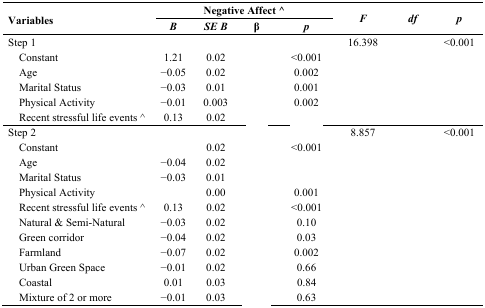
<table><thead><tr><td rowspan="2"><b>Variables</b></td><td colspan="4"><b>Negative Affect ^</b></td><td rowspan="2"><b><i>F</i></b></td><td rowspan="2"><b><i>df</i></b></td><td rowspan="2"><b><i>p</i></b></td></tr><tr><td><b><i>B</i></b></td><td><b><i>SE B</i></b></td><td><b>β</b></td><td><b><i>p</i></b></td></tr></thead><tbody><tr><td>Step 1</td><td>[EMPTY_CELL]</td><td>[EMPTY_CELL]</td><td>[EMPTY_CELL]</td><td>[EMPTY_CELL]</td><td>16.398</td><td>[EMPTY_CELL]</td><td>&lt;0.001</td></tr><tr><td> Constant</td><td>1.21</td><td>0.02</td><td>[EMPTY_CELL]</td><td>&lt;0.001</td><td>[EMPTY_CELL]</td><td>[EMPTY_CELL]</td><td>[EMPTY_CELL]</td></tr><tr><td> Age</td><td>−0.05</td><td>0.02</td><td>[EMPTY_CELL]</td><td>0.002</td><td>[EMPTY_CELL]</td><td>[EMPTY_CELL]</td><td>[EMPTY_CELL]</td></tr><tr><td> Marital Status</td><td>−0.03</td><td>0.01</td><td>[EMPTY_CELL]</td><td>0.001</td><td>[EMPTY_CELL]</td><td>[EMPTY_CELL]</td><td>[EMPTY_CELL]</td></tr><tr><td> Physical Activity</td><td>−0.01</td><td>0.003</td><td>[EMPTY_CELL]</td><td>0.002</td><td>[EMPTY_CELL]</td><td>[EMPTY_CELL]</td><td>[EMPTY_CELL]</td></tr><tr><td> Recent stressful life events ^</td><td>0.13</td><td>0.02</td><td>[EMPTY_CELL]</td><td>[EMPTY_CELL]</td><td>[EMPTY_CELL]</td><td>[EMPTY_CELL]</td><td>[EMPTY_CELL]</td></tr><tr><td>Step 2</td><td>[EMPTY_CELL]</td><td>[EMPTY_CELL]</td><td>[EMPTY_CELL]</td><td>[EMPTY_CELL]</td><td>8.857</td><td>[EMPTY_CELL]</td><td>&lt;0.001</td></tr><tr><td> Constant</td><td>[EMPTY_CELL]</td><td>0.02</td><td>[EMPTY_CELL]</td><td>&lt;0.001</td><td>[EMPTY_CELL]</td><td>[EMPTY_CELL]</td><td>[EMPTY_CELL]</td></tr><tr><td> Age</td><td>−0.04</td><td>0.02</td><td>[EMPTY_CELL]</td><td>[EMPTY_CELL]</td><td>[EMPTY_CELL]</td><td>[EMPTY_CELL]</td><td>[EMPTY_CELL]</td></tr><tr><td> Marital Status</td><td>−0.03</td><td>0.01</td><td>[EMPTY_CELL]</td><td>[EMPTY_CELL]</td><td>[EMPTY_CELL]</td><td>[EMPTY_CELL]</td><td>[EMPTY_CELL]</td></tr><tr><td> Physical Activity</td><td>[EMPTY_CELL]</td><td>0.00</td><td>[EMPTY_CELL]</td><td>0.001</td><td>[EMPTY_CELL]</td><td>[EMPTY_CELL]</td><td>[EMPTY_CELL]</td></tr><tr><td> Recent stressful life events ^</td><td>0.13</td><td>0.02</td><td>[EMPTY_CELL]</td><td>&lt;0.001</td><td>[EMPTY_CELL]</td><td>[EMPTY_CELL]</td><td>[EMPTY_CELL]</td></tr><tr><td> Natural &amp; Semi-Natural</td><td>−0.03</td><td>0.02</td><td>[EMPTY_CELL]</td><td>0.10</td><td>[EMPTY_CELL]</td><td>[EMPTY_CELL]</td><td>[EMPTY_CELL]</td></tr><tr><td> Green corridor</td><td>−0.04</td><td>0.02</td><td>[EMPTY_CELL]</td><td>0.03</td><td>[EMPTY_CELL]</td><td>[EMPTY_CELL]</td><td>[EMPTY_CELL]</td></tr><tr><td> Farmland</td><td>−0.07</td><td>0.02</td><td>[EMPTY_CELL]</td><td>0.002</td><td>[EMPTY_CELL]</td><td>[EMPTY_CELL]</td><td>[EMPTY_CELL]</td></tr><tr><td> Urban Green Space</td><td>−0.01</td><td>0.02</td><td>[EMPTY_CELL]</td><td>0.66</td><td>[EMPTY_CELL]</td><td>[EMPTY_CELL]</td><td>[EMPTY_CELL]</td></tr><tr><td> Coastal</td><td>0.01</td><td>0.03</td><td>[EMPTY_CELL]</td><td>0.84</td><td>[EMPTY_CELL]</td><td>[EMPTY_CELL]</td><td>[EMPTY_CELL]</td></tr><tr><td> Mixture of 2 or more</td><td>−0.01</td><td>0.03</td><td>[EMPTY_CELL]</td><td>0.63</td><td>[EMPTY_CELL]</td><td>[EMPTY_CELL]</td><td>[EMPTY_CELL]</td></tr></tbody></table>